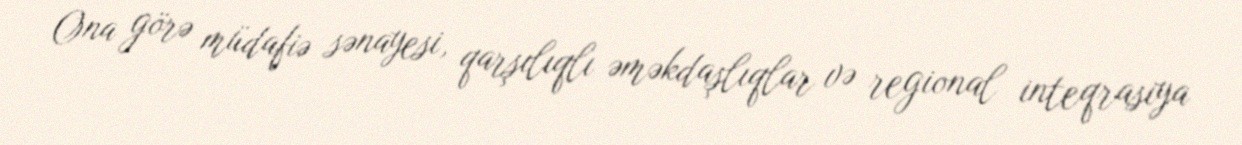
Ona görə müdafiə sənayesi, qarşılıqlı əməkdaşlıqlar və regional inteqrasiya